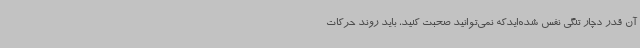
آن قدر دچار تنگی نفس شده‌ایدکه نمی‌توانید صحبت کنید، باید روند حرکات